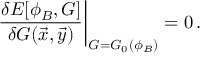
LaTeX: \left. \frac { \delta E [ \phi _ { B } , G ] } { \delta G ( \vec { x } , \vec { y } ) } \right| _ { G = G _ { 0 } ( \phi _ { B } ) } = 0 \, .